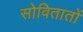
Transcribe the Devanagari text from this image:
सोवितातों